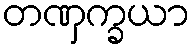
တဏှက္ခယာ